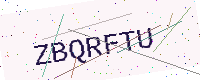
Text: ZBQRFTU